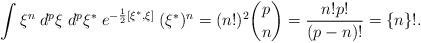
LaTeX: \begin{align*}\int \xi ^n\;d^p\xi \;d^p\xi ^{*}\;e^{-\frac 12[\xi ^{*},\xi ]}\;(\xi^{*})^n=(n!)^2 {p \choose n} =\frac{n!p!}{(p-n)!}=\{n\}!.\end{align*}